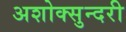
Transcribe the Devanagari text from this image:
अशोक्सुन्दरी